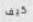
كيف